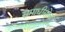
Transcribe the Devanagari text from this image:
समाधीसोबत